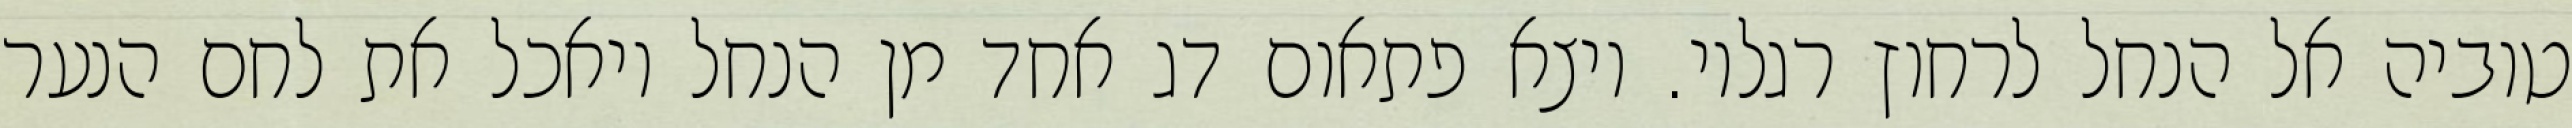
טוביה אל הנחל לרחוץ רגליו. ויצא פתאום דג אחד מן הנחל ויאכל את לחם הנער